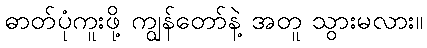
ဓာတ်ပုံကူးဖို့ ကျွန်တော်နဲ့ အတူ သွားမလား။